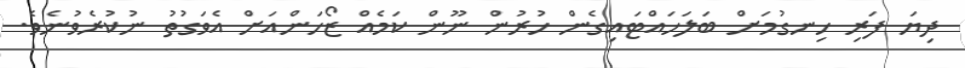
ދިޔަ ފަރި ހިނގުމަށް ބަލަހައްޓައިގެން ހުރުން ނޫން ކަމެއް ޒޯހަންއަށް އެވަގުތު ނުކުރެވުނެވެ.